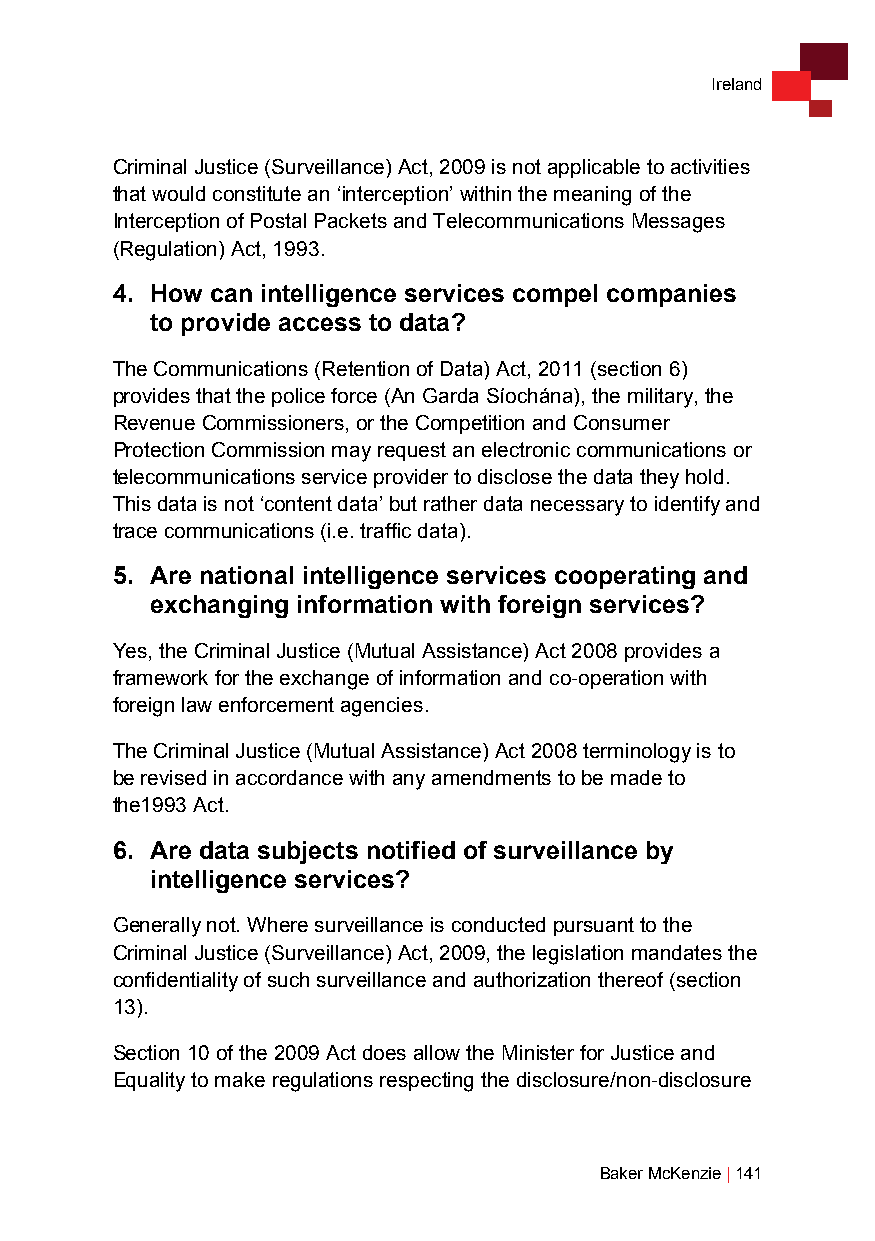
Ireland
 Criminal Justice (Surveillance) Act, 2009 is not applicable to activities
 that would constitute an ‘interception’ within the meaning of the
 Interception of Postal Packets and Telecommunications Messages
 (Regulation) Act, 1993.
 4. How can intelligence services compel companies
 to provide access to data?
 The Communications (Retention of Data) Act, 2011 (section 6)
 provides that the police force (An Garda Síochána), the military, the
 Revenue Commissioners, or the Competition and Consumer
 Protection Commission may request an electronic communications or
 telecommunications service provider to disclose the data they hold.
 This data is not ‘content data’ but rather data necessary to identify and
 trace communications (i.e. traffic data).
 5. Are national intelligence services cooperating and
 exchanging information with foreign services?
 Yes, the Criminal Justice (Mutual Assistance) Act 2008 provides a
 framework for the exchange of information and co-operation with
 foreign law enforcement agencies.
 The Criminal Justice (Mutual Assistance) Act 2008 terminology is to
 be revised in accordance with any amendments to be made to
 the1993 Act.
 6. Are data subjects notified of surveillance by
 intelligence services?
 Generally not. Where surveillance is conducted pursuant to the
 Criminal Justice (Surveillance) Act, 2009, the legislation mandates the
 confidentiality of such surveillance and authorization thereof (section
 13).
 Section 10 of the 2009 Act does allow the Minister for Justice and
 Equality to make regulations respecting the disclosure/non-disclosure
 Baker McKenzie | 141